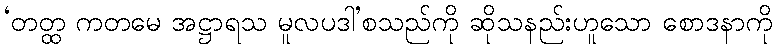
‘တတ္ထ ကတမေ အဋ္ဌာရသ မူလပဒါ’စသည်ကို ဆိုသနည်းဟူသော စောဒနာကို